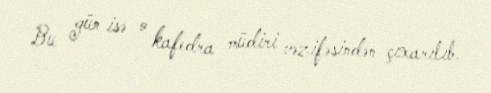
Bu gün isə o kafedra müdiri vəzifəsindən çıxarılıb.